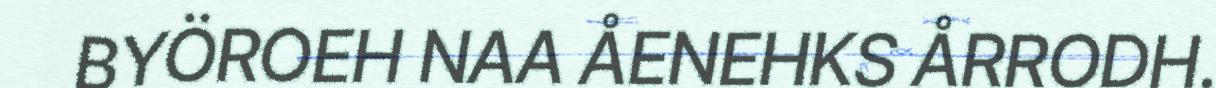
BYÖROEH NAA ÅENEHKS ÅRRODH.